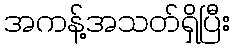
အကန့်အသတ်ရှိပြီး